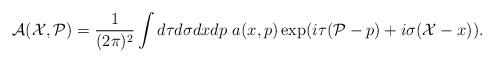
LaTeX: \begin{align*}{\cal A}({\cal X},{\cal P}) =\frac{1}{(2\pi)^2}\int d\tau d\sigma dx dp ~a(x,p) \exp (i\tau ({\cal P}-p)+i\sigma ({\cal X}-x)). \end{align*}